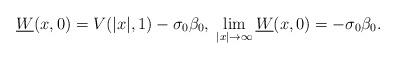
LaTeX: \begin{align*}\underline W(x,0)=V(|x|,1)-\sigma_0\beta_0,\; \lim_{|x|\to\infty} \underline W(x,0)=-\sigma_0\beta_0.\end{align*}